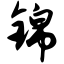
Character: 锦